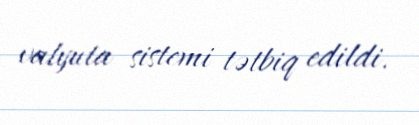
valyuta sistemi tətbiq edildi.